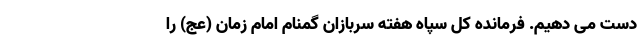
دست می­ دهیم. فرمانده کل سپاه هفته سربازان گمنام امام زمان (عج) را